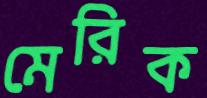
মেরিক